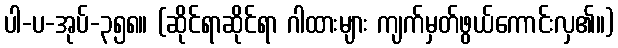
ပါ-ပ-အုပ်-၃၅၈။ (ဆိုင်ရာဆိုင်ရာ ဂါထားများ ကျက်မှတ်ဖွယ်ကောင်းလှ၏။)